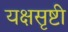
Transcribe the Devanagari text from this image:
यक्षसृष्टी